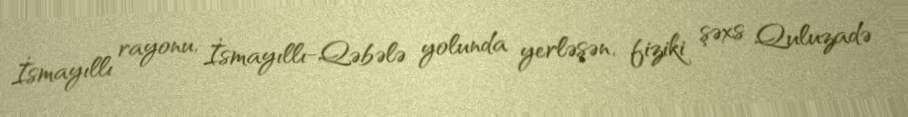
İsmayıllı rayonu, İsmayıllı-Qəbələ yolunda yerləşən, fiziki şəxs Quluzadə